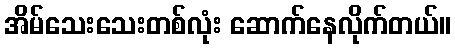
အိမ်သေးသေးတစ်လုံး ဆောက်နေလိုက်တယ်။